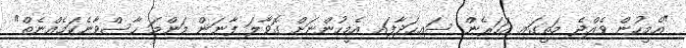
"އެމީހުން ވެއްޖެ މަތީގައި އަހަރެން ސައިހަދާފައި އެމީހުންނަށް ގޮވާލަ ފާނަން މަންމަ ހާސްވާނެކަމެއްނެތް"